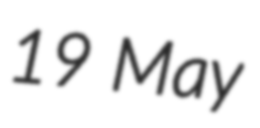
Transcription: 19 May